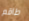
طاقم